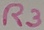
Text: R3